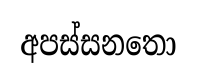
අපස්සනතො